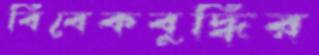
বিবেকবুদ্ধির